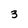
Character: 3